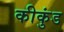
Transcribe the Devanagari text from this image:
कीकुंड